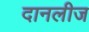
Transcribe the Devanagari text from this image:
दानलीज